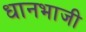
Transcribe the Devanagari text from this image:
धानभाजी